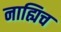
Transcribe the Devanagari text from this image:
नाह्यिच